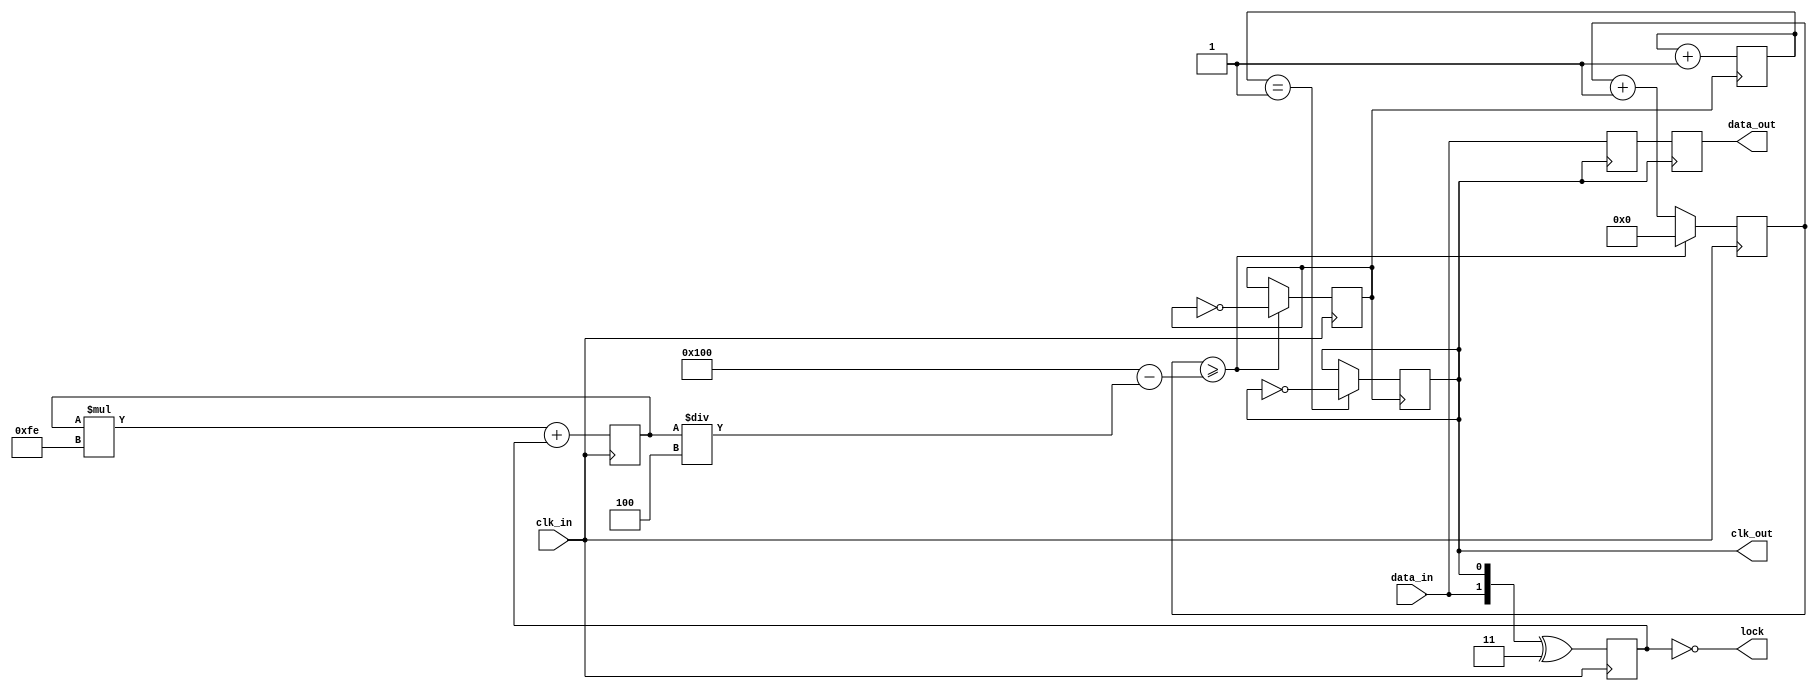
module pll_synchronizer #(
    parameter INPUT_CLOCK_FREQ = 50_000_000, // 50 MHz
    parameter OUTPUT_CLOCK_FREQ = 25_000_000, // 25 MHz
    parameter LOOP_FILTER_COEFF = 8'hFF
)(
    input wire clk_in,       // Input clock from source domain
    input wire data_in,      // Incoming data signal
    output wire data_out,    // Synchronized data output
    output wire clk_out,     // Output clock for target domain
    output wire lock         // Lock status
);

    // Phase Detector
    reg [1:0] phase_error;
    always @(posedge clk_in) begin
        // Simple phase detection logic
        phase_error <= {data_in, clk_out} ^ 2'b11; // Simple XOR for phase comparison
    end
    
    // Loop Filter
    reg [7:0] loop_filter_output;
    always @(posedge clk_in) begin
        // Simple Low-pass filter implementation
        loop_filter_output <= (loop_filter_output * (LOOP_FILTER_COEFF - 1)) + phase_error;
    end
    
    // Voltage-Controlled Oscillator (VCO) simulation
    reg vco_clk;
    reg [5:0] vco_counter; // Counter for VCO frequency control
    always @(posedge clk_in) begin
        vco_counter <= vco_counter + 1;

        // Simulate VCO frequency adjustment based on loop filter output
        if (vco_counter >= (256 - loop_filter_output[7:0] / 4)) begin
            vco_clk <= ~vco_clk; // Toggle VCO clock
            vco_counter <= 0;
        end
    end
    
    // Clock Divider for output (if needed)
    reg clk_div;
    reg [1:0] clk_div_counter; // Adjust to divide by 2
    always @(posedge vco_clk) begin
        clk_div_counter <= clk_div_counter + 1;
        if (clk_div_counter == 1) begin
            clk_div <= ~clk_div; // Divide VCO clock by 2
        end
    end
    
    assign clk_out = clk_div;

    // Data Synchronization Circuit
    reg data_sync_1, data_sync_2;
    always @(posedge clk_out) begin
        data_sync_1 <= data_in; // First flip-flop synchronizer
        data_sync_2 <= data_sync_1; // Second flip-flop synchronizer
    end
    
    assign data_out = data_sync_2;

    // Lock detection
    assign lock = (phase_error == 2'b00); // Lock if no phase error

endmodule